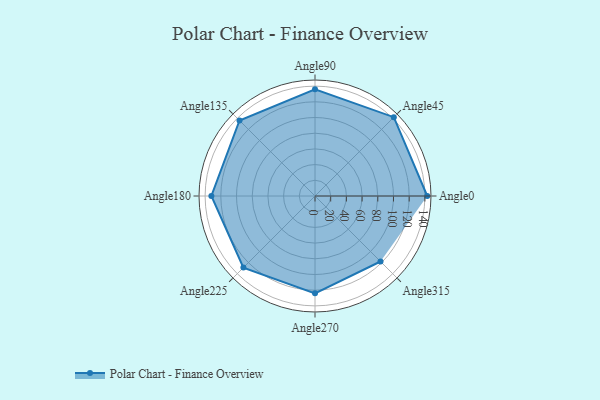
{"axis": {"x": "Angle", "y": "Radius"}, "legend": [""], "data": [{"x": "Angle0", "y": 143.0, "type": ""}, {"x": "Angle45", "y": 142.0, "type": ""}, {"x": "Angle90", "y": 136.0, "type": ""}, {"x": "Angle135", "y": 136.0, "type": ""}, {"x": "Angle180", "y": 132.0, "type": ""}, {"x": "Angle225", "y": 129.0, "type": ""}, {"x": "Angle270", "y": 124.0, "type": ""}, {"x": "Angle315", "y": 118.0, "type": ""}]}